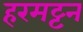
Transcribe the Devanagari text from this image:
हरमट्टन